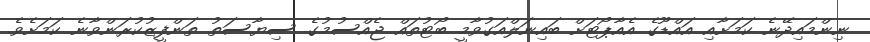
ނިންމައިދޭނެ ކަމަށާއި އައްޑޫގެ އެއާޕޯޓަށް ބައިނަލްއަގުވާމީ ބޯޓުތައް ޖެއްސުމުގެ ސިޔާސަތު ތަންފީޒުކުރަންވާނެ ކަމަށެވެ.